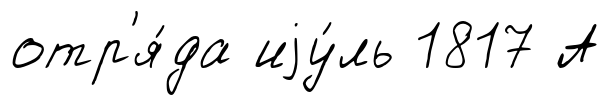
отр'я́да иjу́ль 1817 А